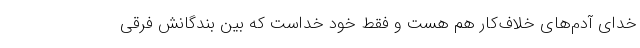
خدای آدم‌های خلاف‌کار هم هست و فقط خود خداست که بین بندگانش فرقی